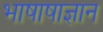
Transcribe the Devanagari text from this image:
भाषाषाज्ञान